Punjab Mental Hospital Lahore 1932-46 - 1932-1946
Year: 1932
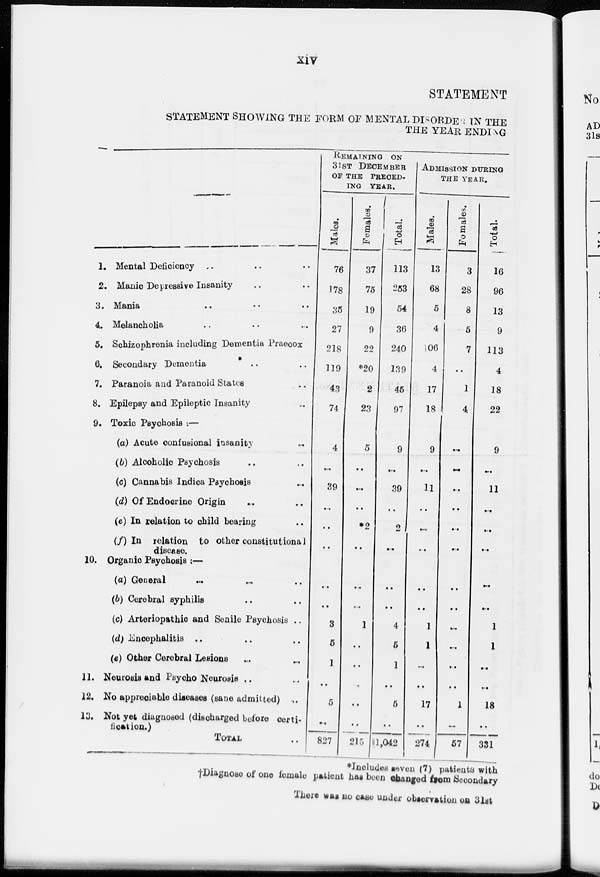
xiv
STATEMENT
STATEMENT SHOWING THE FORM OF MENTAL DISORDER IN THE
THE YEAR ENDING
1. Mental Deficiency
2. Manic Depressive Insanity
3. Mania
4. Melancholia
5. Schizophrenia including Dementia Praecox
6. Secondary Dementia
7. Paranoia and Paranoid States
8. Epilepsy and Epileptic Insanity
9. Toxic Psychosis :—
(a) Acute confusional insanity
(6) Alcoholic Psychosis
(c) Cannabis Indica Psychosis
(d) Of Endocrine Origin
(e) In relation to child bearing
(f) In relation to other constitutional
disease.
10. Organic Psychosis ;—
(a) General
(6) Cerebral syphilis
(c) Arteriopathic and Senile Psychosis ..
(d) Encephalitis
(e) Other Cerebral Lesions
11. Neurosis and Psycho Neurosis
12. No appreciable diseases (sane admitted)
13. Not yet diagnosed (discharged before certi-
fication.)
Total
REMAINING ON
31ST DECEMBER
OF THE PRECED-
--- YEAR.
Males.
76
178
35
27
218
119
43
74
4
..
39
..
..
..
..
..
3
5
1
..
5
..
827
Females.
37
75
19
9
22
*20
2
23
5
..
..
..
*2
..
..
..
1
..
..
..
..
..
215
Total.
113
253
54
36
240
139
45
97
9
..
39
..
2
..
..
..
4
5
1
..
5
..
1,042
ADMISSION DURING
THE YEAR.
Males.
13
68
5
4
106
4
17
18
9
..
11
..
..
..
..
..
1
1
..
..
17
..
274
Females.
3
28
8
5
7
..
1
4
..
..
..
..
..
..
..
..
..
..
..
..
1
..
57
Total.
16
96
13
9
113
4
18
22
9
..
11
..
..
..
..
..
1
1
..
..
18
..
331
*Includes seven (7) patients with
†Diagnose of one female patient has been changed from Secondary
There was no case under observation on 31st